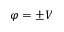
\varphi = \pm V